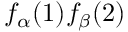
f _ { \alpha } ( 1 ) f _ { \beta } ( 2 )